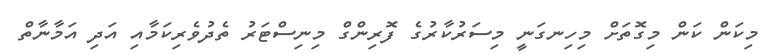
މިކަން ކަން މިގޮތަށް މިހިނގަނީ މިސަރުކާރުގެ ފޮރިންގް މިނިސްޓަރު ތެދުވެރިކަމާއި އަދި އަމާނާތް